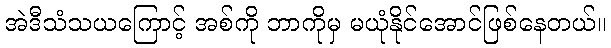
အဲဒီသံသယကြောင့် အစ်ကို ဘာကိုမှ မယုံနိုင်အောင်ဖြစ်နေတယ်။